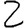
Digit: 2